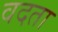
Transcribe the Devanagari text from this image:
वदता